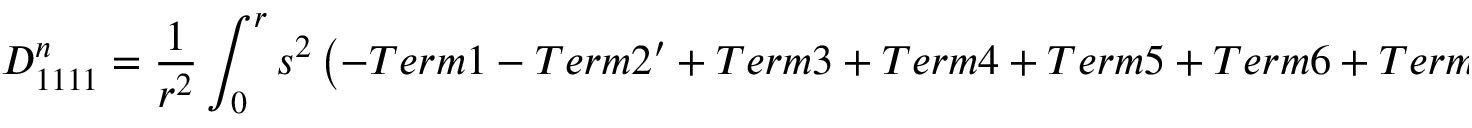
D _ { 1 1 1 1 } ^ { n } = \frac { 1 } { r ^ { 2 } } \int _ { 0 } ^ { r } s ^ { 2 } \left( - T e r m 1 - T e r m 2 ^ { \prime } + T e r m 3 + T e r m 4 + T e r m 5 + T e r m 6 + T e r m 7 \right) ^ { n } d s ,